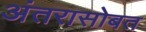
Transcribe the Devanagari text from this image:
अंतरासोबत